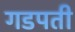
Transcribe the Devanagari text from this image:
गडपती